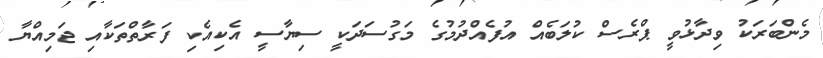
މެންބަރަކު ވިދާޅުވީ ޕްރެސް ކުލަބެއް އުފެއްދުމުގެ މަގުސަދަކީ ސިޔާސީ އެކިއެކި ފަރާތްތަކާއި ޖަމިއްޔާ